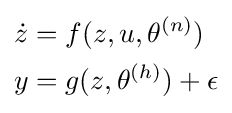
{\begin{aligned}{\dot {z}}&=f(z,u,\theta ^{(n)})\\y&=g(z,\theta ^{(h)})+\epsilon \end{aligned}}